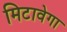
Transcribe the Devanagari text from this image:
मिटावेगा